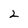
Character: 2